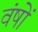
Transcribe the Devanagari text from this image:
वंषों